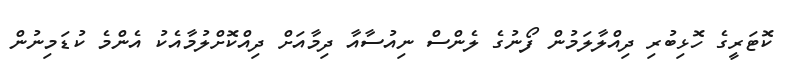
ކޮޓަރީގެ ހޮޅިބުރި ދިއްލާލަމުން ފޯނުގެ ލެންސް ނިއުސާއާ ދިމާއަށް ދިއްކޮށްލުމާއެކު އެންމެ ކުޑަމިނުން